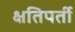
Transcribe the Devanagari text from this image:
क्षतिपर्ती